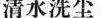
清水洗尘